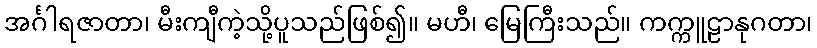
အင်္ဂါရဇာတာ၊ မီးကျီကဲ့သို့ပူသည်ဖြစ်၍။ မဟီ၊ မြေကြီးသည်။ ကက္ကူဠာနုဂတာ၊